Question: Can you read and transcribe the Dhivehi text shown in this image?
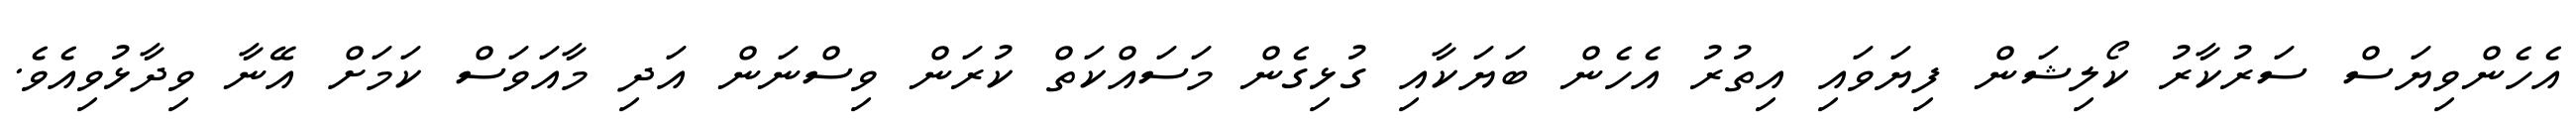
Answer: އެހެންވިޔަސް ސަރުކާރު ކޯލިޝަން ފިޔަވައި އިތުރު އެހެން ބަޔަކާއި ގުޅިގެން މަސައްކަތް ކުރަން ވިސްނަން އަދި މާއަވަސް ކަމަށް އޭނާ ވިދާޅުވިއެވެ.